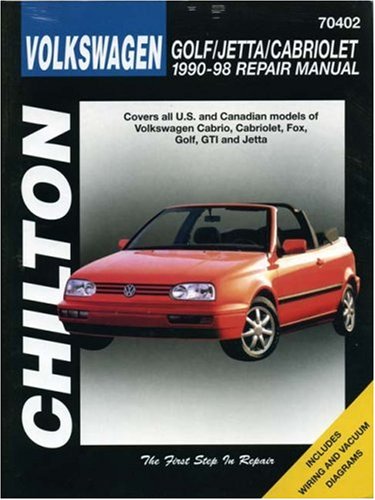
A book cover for Volkswagen Golf, Jetta, and Cabriolet, 1990-98 (Haynes Repair Manuals); Chilton; Engineering & Transportation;